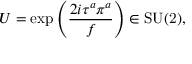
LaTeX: U = \exp \left( { \frac { 2 i \tau ^ { a } \pi ^ { a } } { f } } \right) \in \mathrm { S U ( 2 ) } ,